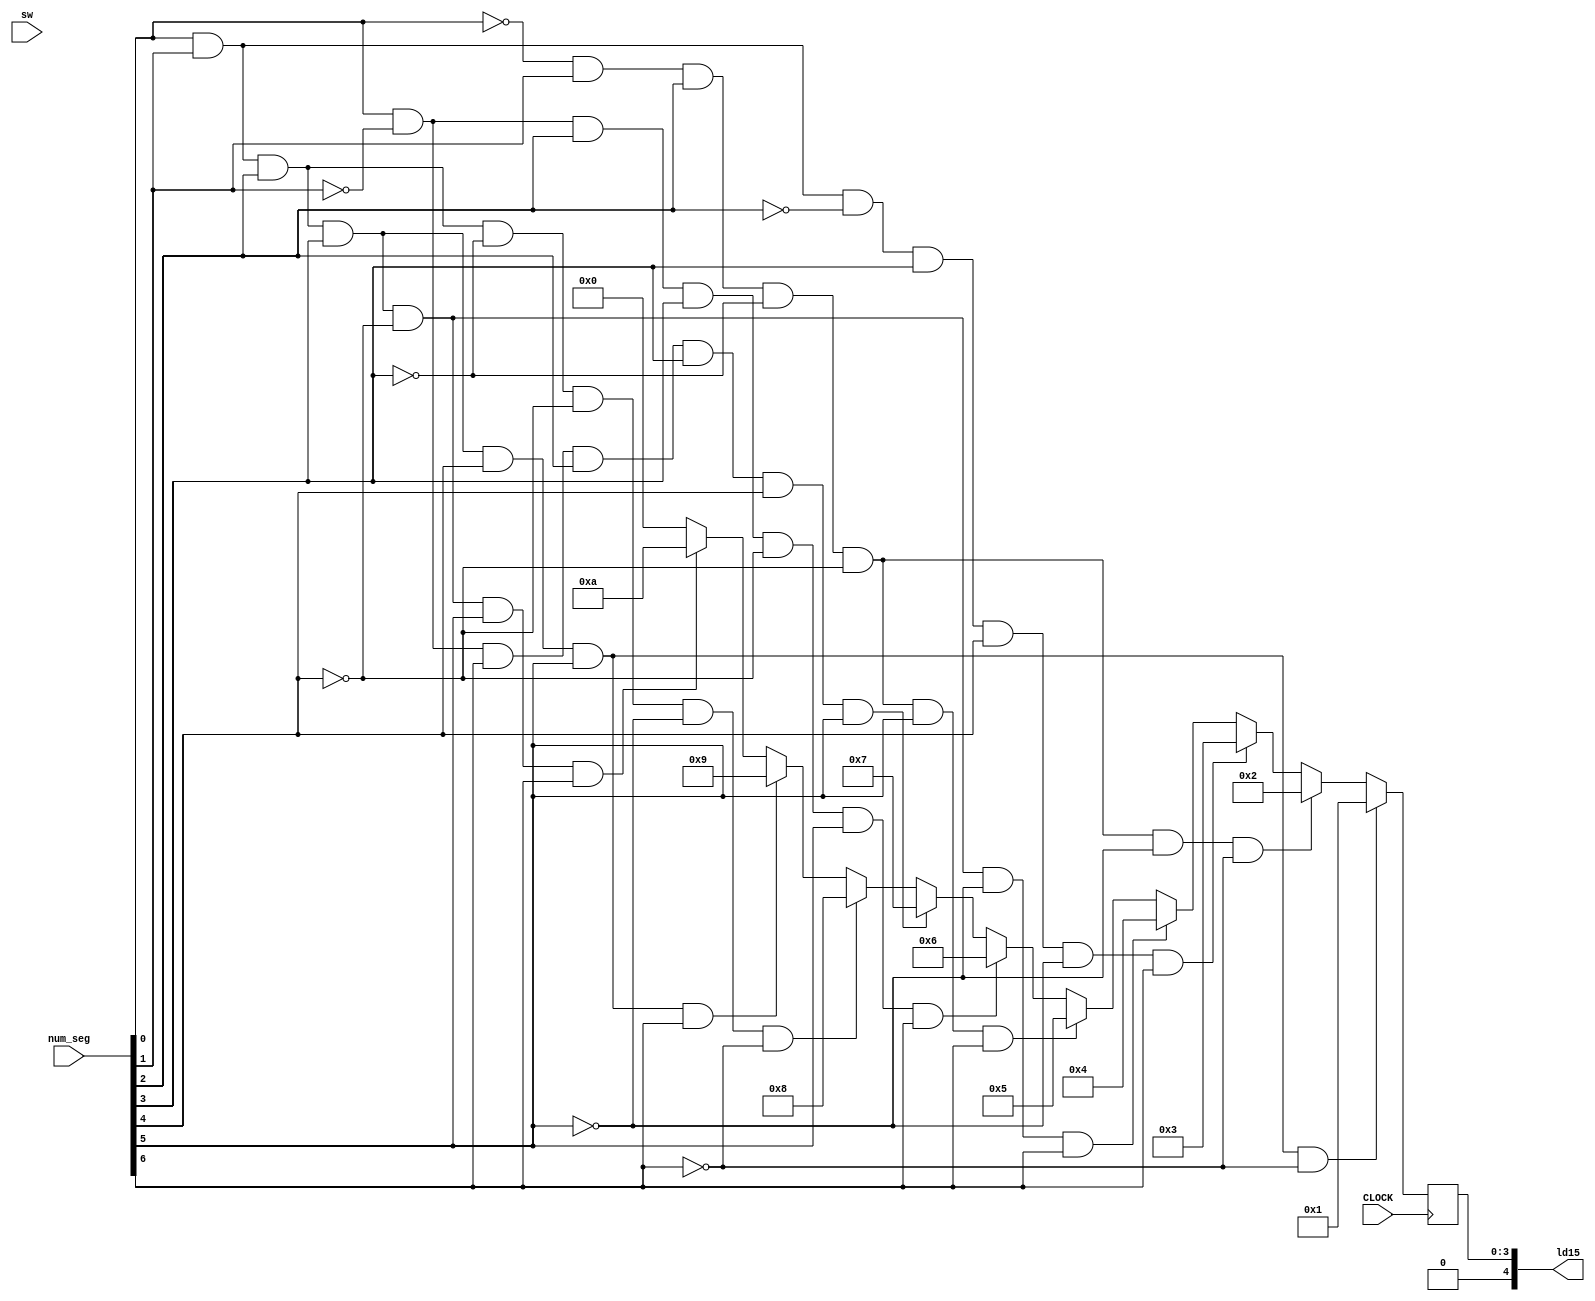
`timescale 1ns / 1ps
//////////////////////////////////////////////////////////////////////////////////
// Company: 
// Engineer: 
// 
// Design Name: 
// Module Name: check_valid_number
// Project Name: 
// Target Devices: 
// Tool Versions: 
// Description: 
// 
// Dependencies: 
// 
// Revision:
// Revision 0.01 - File Created
// Additional Comments:
// 
//////////////////////////////////////////////////////////////////////////////////


module check_valid_number(input CLOCK, input [6:0] num_seg, input [15:0] sw, output reg [4:0] ld15 = 0);

    always @(posedge CLOCK) begin
        if (num_seg[0] & num_seg[1] & num_seg[2] & num_seg[3] & num_seg[4] & num_seg[5] & ~num_seg[6]) begin ld15 = 1; end
        else if (~num_seg[0] & num_seg[1] & num_seg[2] & ~num_seg[3] & ~num_seg[4] & ~num_seg[5] & ~num_seg[6])  begin ld15 = 2; end
        else if (num_seg[0] & num_seg[1] & ~num_seg[2] & num_seg[3] & num_seg[4] & ~num_seg[5] & num_seg[6])  begin ld15 = 3; end
        else if (num_seg[0] & num_seg[1] & num_seg[2] & num_seg[3] & ~num_seg[4] & ~num_seg[5] & num_seg[6])  begin ld15 = 4; end
        else if (~num_seg[0] & num_seg[1] & num_seg[2] & ~num_seg[3] & ~num_seg[4] & num_seg[5] & num_seg[6])  begin ld15 = 5'd5; end
        else if(num_seg[0] & ~num_seg[1] & num_seg[2] & num_seg[3] & ~num_seg[4] & num_seg[5] & num_seg[6])  begin ld15 = 5'd6; end
        else if (num_seg[0] & ~num_seg[1] & num_seg[6] & num_seg[2] & num_seg[3] & num_seg[4] & num_seg[5])  begin ld15 = 7; end
        else if (num_seg[0] & num_seg[1] & num_seg[2] & ~num_seg[3] & ~num_seg[4] & ~num_seg[5] & ~num_seg[6])  begin ld15 = 8; end
        else if (num_seg[0] & num_seg[1] & num_seg[2] & num_seg[3] & num_seg[4] & num_seg[5] & num_seg[6])  begin ld15 = 9; end
        else if (num_seg[0] & num_seg[1] & num_seg[2] & num_seg[3] & ~num_seg[4] & num_seg[5] & num_seg[6])  begin ld15 = 10; end
        else begin ld15 = 0; end
    end
endmodule